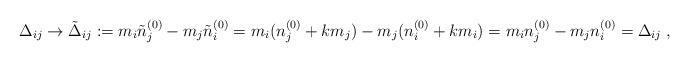
LaTeX: \begin{align*}\Delta_{ij}\to\tilde \Delta_{ij}:=m_i\tilde n^{(0)}_j-m_j\tilde n^{(0)}_i=m_i(n^{(0)}_j+km_j)-m_j(n^{(0)}_i+km_i)=m_in^{(0)}_j-m_jn^{(0)}_i=\Delta_{ij}\;,\end{align*}